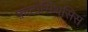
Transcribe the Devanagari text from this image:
फ़ोटोसिंथेसिस